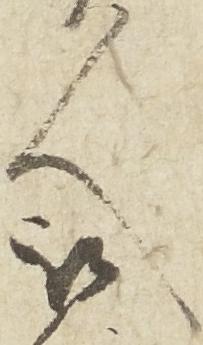
人